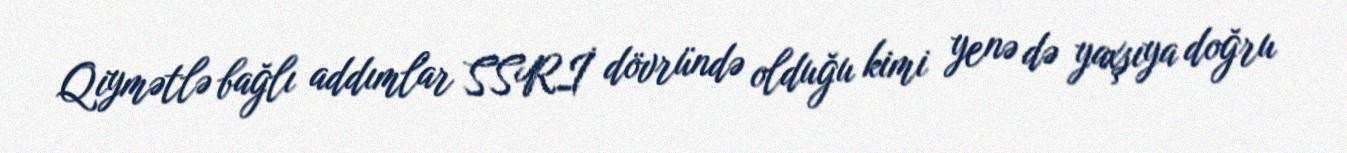
Qiymətlə bağlı addımlar SSRİ dövründə olduğu kimi yenə də yaxşıya doğru